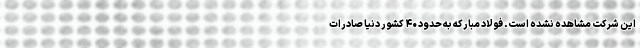
این شرکت مشاهده نشده است. فولاد مبارکه به حدود ۴۰ کشور دنیا صادرات